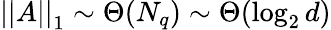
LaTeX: \left|\left|A\right|\right|_{1}\sim\Theta(N_{q})\sim\Theta(\log_{2}d)